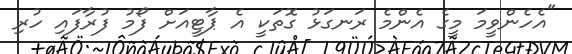
"އެހެންވީމަ މީގެ އެންމެ ރަނގަޅު ގޮތަކީ އެ ޕާޓީއަށް ފޯމު ފުރާފައި ހުރި